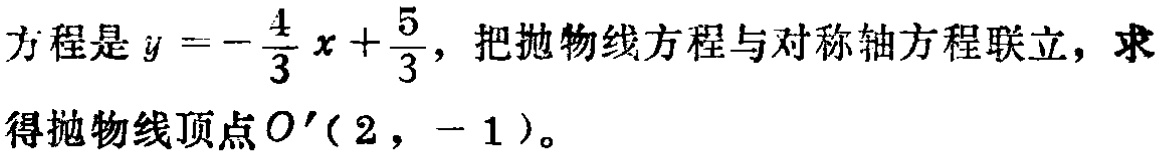
方程是\(y = -\frac{4}{3}x+\frac{5}{3}\)，把抛物线方程与对称轴方程联立，求得抛物线顶点\(O'(2,-1)\)。